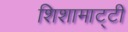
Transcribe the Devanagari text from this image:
शिशामाट्टी